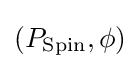
(P_{\operatorname {Spin} },\phi )